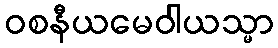
ဝစနီယမေဝါယသ္မာ